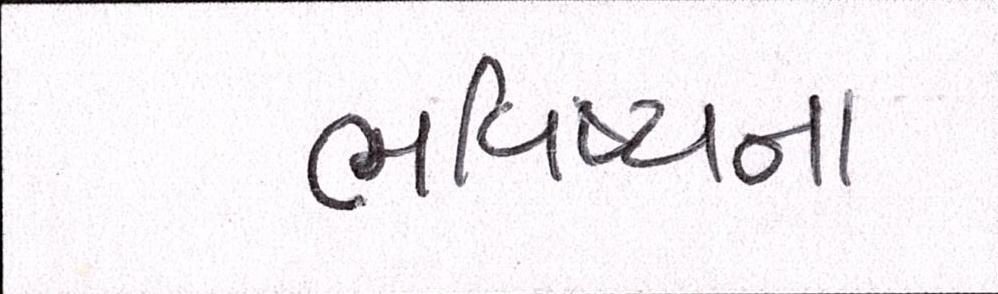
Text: ભવિષ્યના